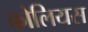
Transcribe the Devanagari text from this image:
कोलियस